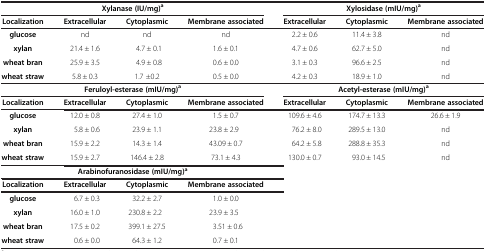
| <COLSPAN=4> Xylanase (IU/mg)a | <COLSPAN=3> Xylosidase (mIU/mg)a |
 | Localization | Extracellular | Cytoplasmic | Membrane associated | Extracellular | Cytoplasmic | Membrane associated |
 | --- | --- | --- | --- | --- | --- | --- |
 | glucose | nd | nd | nd | 2.2 ± 0.6 | 11.4 ± 3.8 | nd |
 | xylan | 21.4 ± 1.6 | 4.7 ± 0.1 | 1.6 ± 0.1 | 4.7 ± 0.6 | 62.7 ± 5.0 | nd |
 | wheat bran | 25.9 ± 3.5 | 4.9 ± 0.8 | 0.6 ± 0.0 | 3.1 ± 0.3 | 96.6 ± 2.5 | nd |
 | wheat straw | 5.8 ± 0.3 | 1.7 ±0.2 | 0.5 ± 0.0 | 4.2 ± 0.3 | 18.9 ± 1.0 | nd |
 | <COLSPAN=4> Feruloyl-esterase (mIU/mg)a | <COLSPAN=3> Acetyl-esterase (mIU/mg)a |
 | Localization | Extracellular | Cytoplasmic | Membrane associated | Extracellular | Cytoplasmic | Membrane associated |
 | glucose | 12.0 ± 0.8 | 27.4 ± 1.0 | 1.5 ± 0.7 | 109.6 ± 4.6 | 174.7 ± 13.3 | 26.6 ± 1.9 |
 | xylan | 5.8 ± 0.6 | 23.9 ± 1.1 | 23.8 ± 2.9 | 76.2 ± 8.0 | 289.5 ± 13.0 | nd |
 | wheat bran | 15.9 ± 2.2 | 14.3 ± 1.4 | 43.09 ± 0.7 | 64.2 ± 5.8 | 288.8 ± 35.3 | nd |
 | wheat straw | 15.9 ± 2.7 | 146.4 ± 2.8 | 73.1 ± 4.3 | 130.0 ± 0.7 | 93.0 ± 14.5 | nd |
 | <COLSPAN=4> Arabinofuranosidase (mIU/mg)a | <ROWSPAN=6-COLSPAN=3>  |
 | Localization | Extracellular | Cytoplasmic | Membrane associated |
 | glucose | 6.7 ± 0.3 | 32.2 ± 2.7 | 1.0 ± 0.0 |
 | xylan | 16.0 ± 1.0 | 230.8 ± 2.2 | 23.9 ± 3.5 |
 | wheat bran | 17.5 ± 0.2 | 399.1 ± 27.5 | 3.51 ± 0.6 |
 | wheat straw | 0.6 ± 0.0 | 64.3 ± 1.2 | 0.7 ± 0.1 |